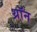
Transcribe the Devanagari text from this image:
थ्रॉन